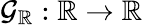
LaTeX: \mathcal{G}_{\mathbb{{R}}}:\mathbb{{R}}\to\mathbb{{R}}